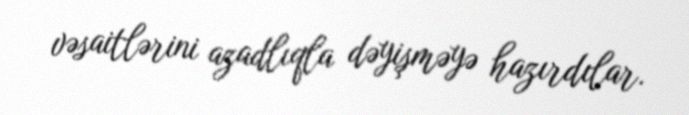
vəsaitlərini azadlıqla dəyişməyə hazırdılar.